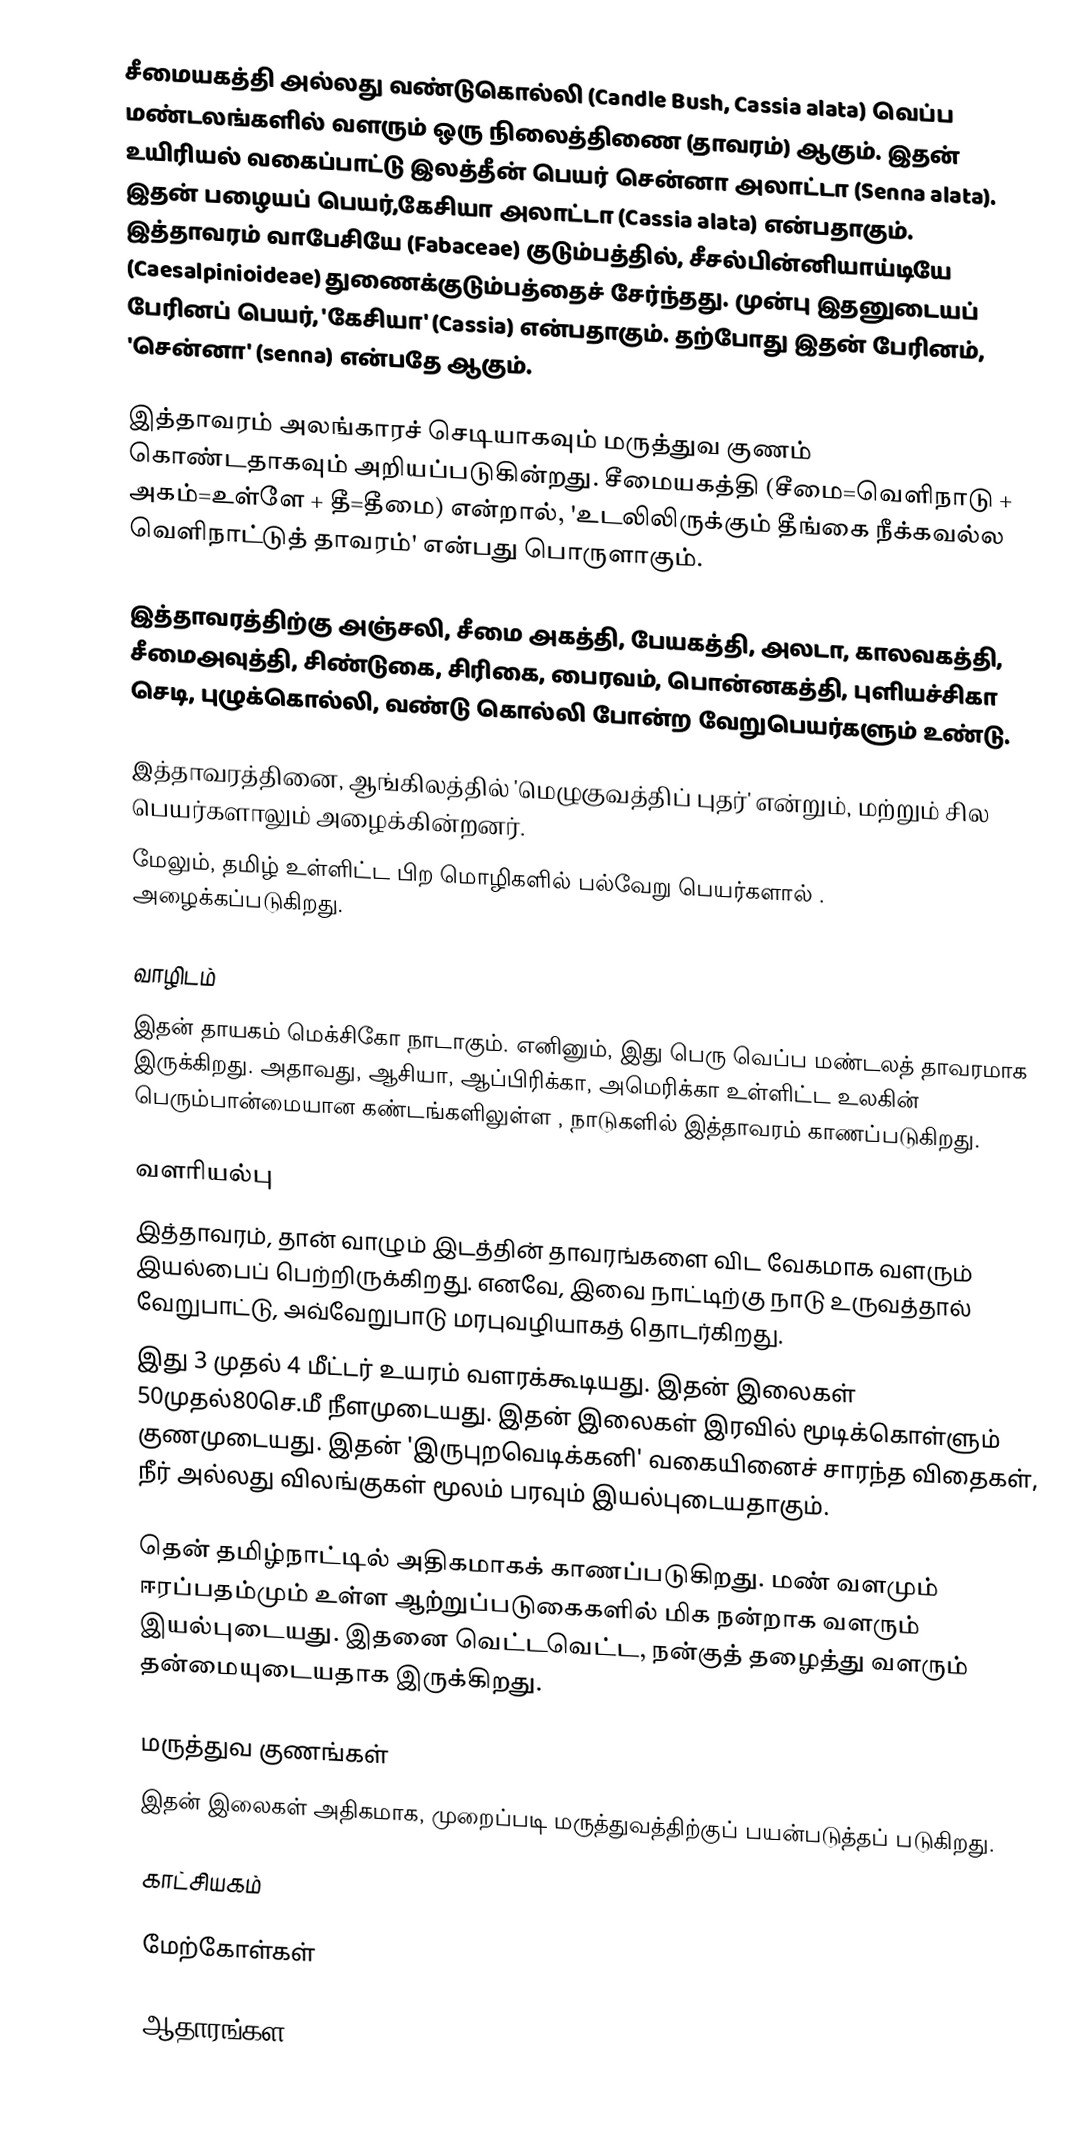
சீமையகத்தி அல்லது வண்டுகொல்லி (Candle Bush, Cassia alata) வெப்ப மண்டலங்களில் வளரும் ஒரு நிலைத்திணை (தாவரம்) ஆகும். இதன் உயிரியல் வகைப்பாட்டு இலத்தீன் பெயர் சென்னா அலாட்டா (Senna alata). இதன் பழையப் பெயர்,கேசியா அலாட்டா (Cassia alata) என்பதாகும். இத்தாவரம் வாபேசியே (Fabaceae) குடும்பத்தில், சீசல்பின்னியாய்டியே (Caesalpinioideae) துணைக்குடும்பத்தைச் சேர்ந்தது. முன்பு இதனுடையப் பேரினப் பெயர்,  'கேசியா' (Cassia) என்பதாகும். தற்போது இதன் பேரினம், 'சென்னா' (senna) என்பதே ஆகும்.

இத்தாவரம் அலங்காரச் செடியாகவும்  மருத்துவ குணம் கொண்டதாகவும் அறியப்படுகின்றது. சீமையகத்தி (சீமை=வெளிநாடு + அகம்=உள்ளே + தீ=தீமை) என்றால், 'உடலிலிருக்கும் தீங்கை நீக்கவல்ல வெளிநாட்டுத் தாவரம்' என்பது பொருளாகும்.

இத்தாவரத்திற்கு அஞ்சலி, சீமை அகத்தி, பேயகத்தி, அலடா, காலவகத்தி, சீமைஅவுத்தி, சிண்டுகை, சிரிகை, பைரவம், பொன்னகத்தி, புளியச்சிகா செடி, புழுக்கொல்லி, வண்டு கொல்லி போன்ற வேறுபெயர்களும் உண்டு.

இத்தாவரத்தினை, ஆங்கிலத்தில் 'மெழுகுவத்திப் புதர்' என்றும், மற்றும் சில பெயர்களாலும்  அழைக்கின்றனர்.
மேலும், தமிழ் உள்ளிட்ட பிற மொழிகளில் பல்வேறு பெயர்களால் . அழைக்கப்படுகிறது.

வாழிடம்
இதன் தாயகம் மெக்சிகோ நாடாகும். எனினும், இது பெரு வெப்ப மண்டலத் தாவரமாக இருக்கிறது. அதாவது, ஆசியா, ஆப்பிரிக்கா, அமெரிக்கா உள்ளிட்ட உலகின் பெரும்பான்மையான கண்டங்களிலுள்ள , நாடுகளில் இத்தாவரம் காணப்படுகிறது.

வளரியல்பு
இத்தாவரம், தான் வாழும் இடத்தின் தாவரங்களை விட வேகமாக வளரும் இயல்பைப் பெற்றிருக்கிறது. எனவே, இவை நாட்டிற்கு நாடு உருவத்தால் வேறுபாட்டு, அவ்வேறுபாடு மரபுவழியாகத் தொடர்கிறது.
இது 3 முதல் 4 மீட்டர் உயரம் வளரக்கூடியது. இதன் இலைகள் 50முதல்80செ.மீ நீளமுடையது. இதன் இலைகள் இரவில் மூடிக்கொள்ளும் குணமுடையது. இதன் 'இருபுறவெடிக்கனி' வகையினைச் சாரந்த விதைகள், நீர் அல்லது விலங்குகள் மூலம் பரவும் இயல்புடையதாகும்.

தென் தமிழ்நாட்டில் அதிகமாகக் காணப்படுகிறது. மண் வளமும் ஈரப்பதம்மும் உள்ள ஆற்றுப்படுகைகளில் மிக நன்றாக வளரும் இயல்புடையது. இதனை வெட்டவெட்ட, நன்குத் தழைத்து வளரும் தன்மையுடையதாக இருக்கிறது.

மருத்துவ குணங்கள்
 இதன் இலைகள் அதிகமாக, முறைப்படி மருத்துவத்திற்குப் பயன்படுத்தப் படுகிறது.

காட்சியகம்

மேற்கோள்கள்

ஆதாரங்கள